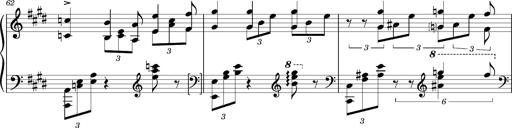
Title: PrÃ©ludes et Harmonies poÃ©tiques et religieuses
Composer: Franz Liszt